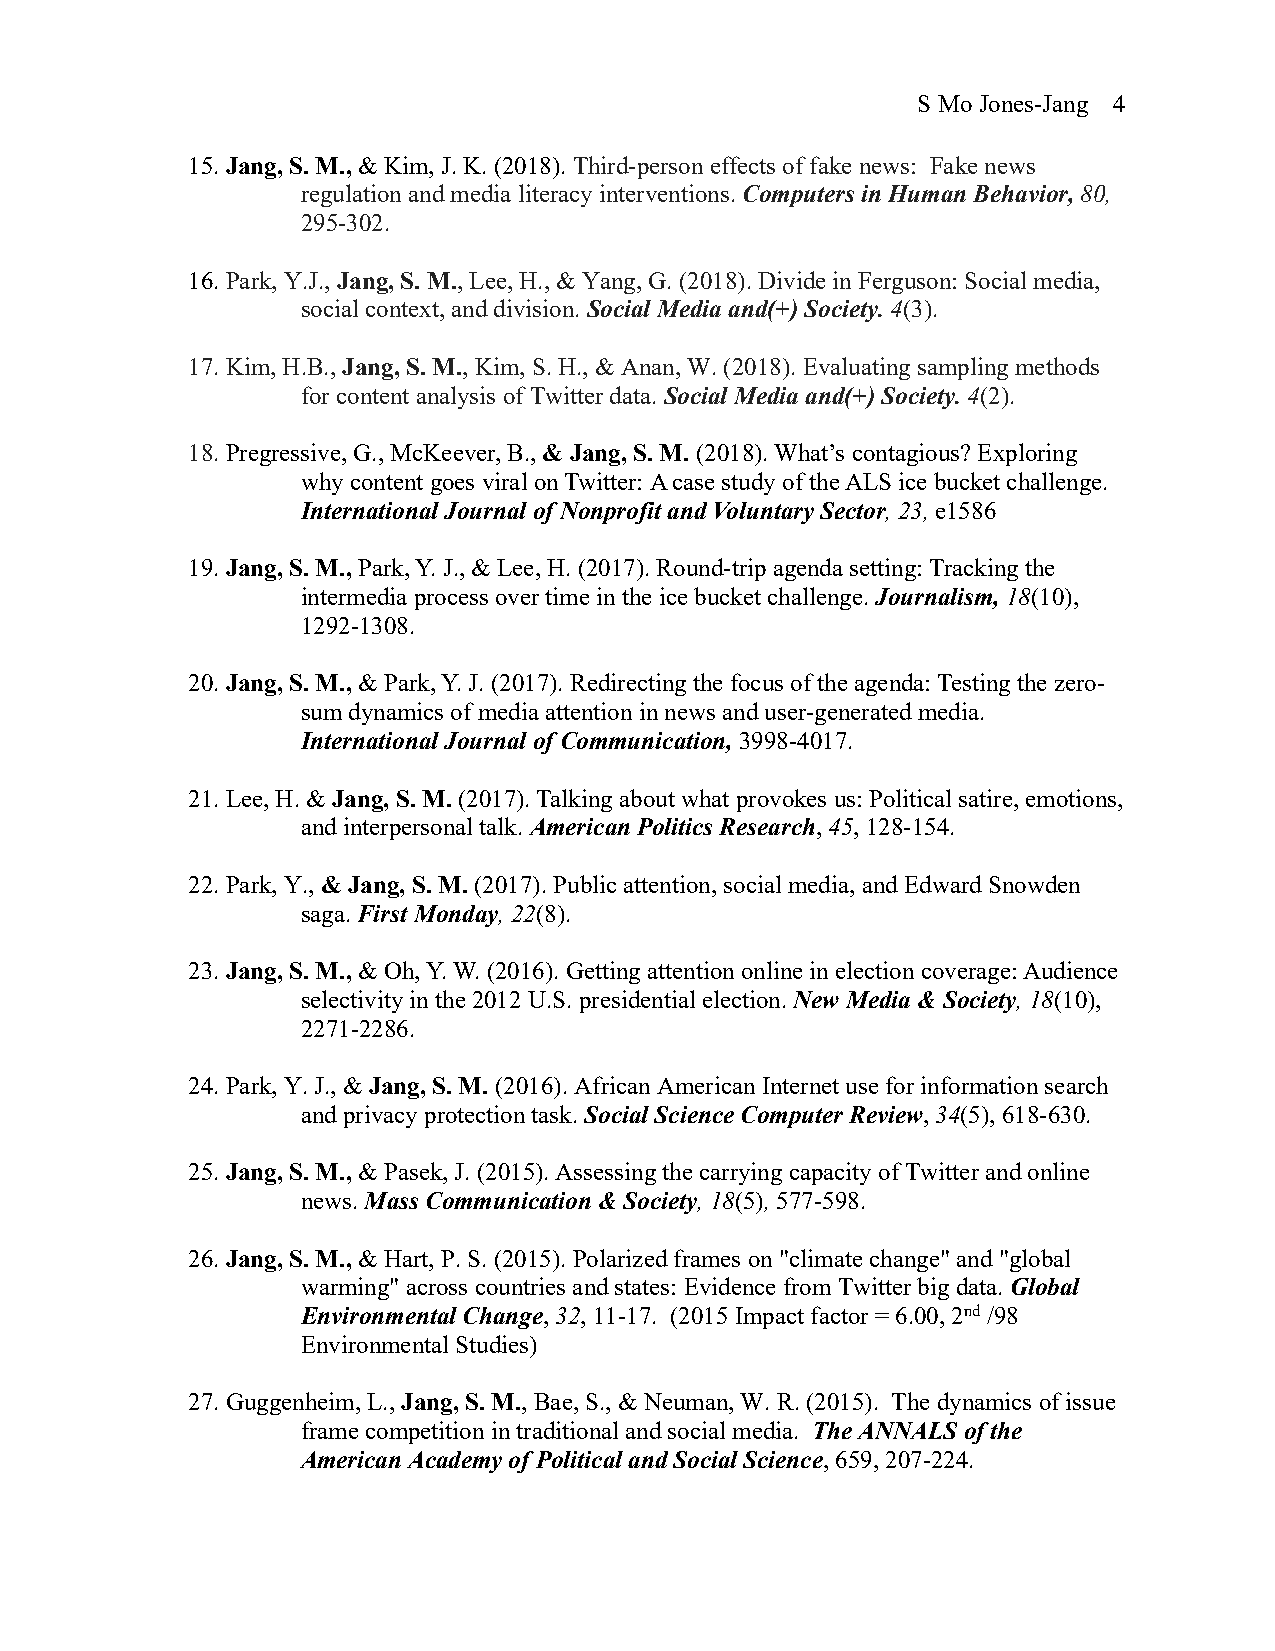
S Mo Jones-Jang 4
 15. Jang, S. M., & Kim, J. K. (2018). Third-person effects of fake news: Fake news
 regulation and media literacy interventions. Computers in Human Behavior, 80,
 295-302.
 16. Park, Y.J., Jang, S. M., Lee, H., & Yang, G. (2018). Divide in Ferguson: Social media,
 social context, and division. Social Media and(+) Society. 4(3).
 17. Kim, H.B., Jang, S. M., Kim, S. H., & Anan, W. (2018). Evaluating sampling methods
 for content analysis of Twitter data. Social Media and(+) Society. 4(2).
 18. Pregressive, G., McKeever, B., & Jang, S. M. (2018). What’s contagious? Exploring
 why content goes viral on Twitter: A case study of the ALS ice bucket challenge.
 International Journal of Nonprofit and Voluntary Sector, 23, e1586
 19. Jang, S. M., Park, Y. J., & Lee, H. (2017). Round-trip agenda setting: Tracking the
 intermedia process over time in the ice bucket challenge. Journalism, 18(10),
 1292-1308.
 20. Jang, S. M., & Park, Y. J. (2017). Redirecting the focus of the agenda: Testing the zero-
 sum dynamics of media attention in news and user-generated media.
 International Journal of Communication, 3998-4017.
 21. Lee, H. & Jang, S. M. (2017). Talking about what provokes us: Political satire, emotions,
 and interpersonal talk. American Politics Research, 45, 128-154.
 22. Park, Y., & Jang, S. M. (2017). Public attention, social media, and Edward Snowden
 saga. First Monday, 22(8).
 23. Jang, S. M., & Oh, Y. W. (2016). Getting attention online in election coverage: Audience
 selectivity in the 2012 U.S. presidential election. New Media & Society, 18(10),
 2271-2286.
 24. Park, Y. J., & Jang, S. M. (2016). African American Internet use for information search
 and privacy protection task. Social Science Computer Review, 34(5), 618-630.
 25. Jang, S. M., & Pasek, J. (2015). Assessing the carrying capacity of Twitter and online
 news. Mass Communication & Society, 18(5), 577-598.
 26. Jang, S. M., & Hart, P. S. (2015). Polarized frames on "climate change" and "global
 warming" across countries and states: Evidence from Twitter big data. Global
 Environmental Change, 32, 11-17. (2015 Impact factor = 6.00, 2nd /98
 Environmental Studies)
 27. Guggenheim, L., Jang, S. M., Bae, S., & Neuman, W. R. (2015). The dynamics of issue
 frame competition in traditional and social media. The ANNALS of the
 American Academy of Political and Social Science, 659, 207-224.